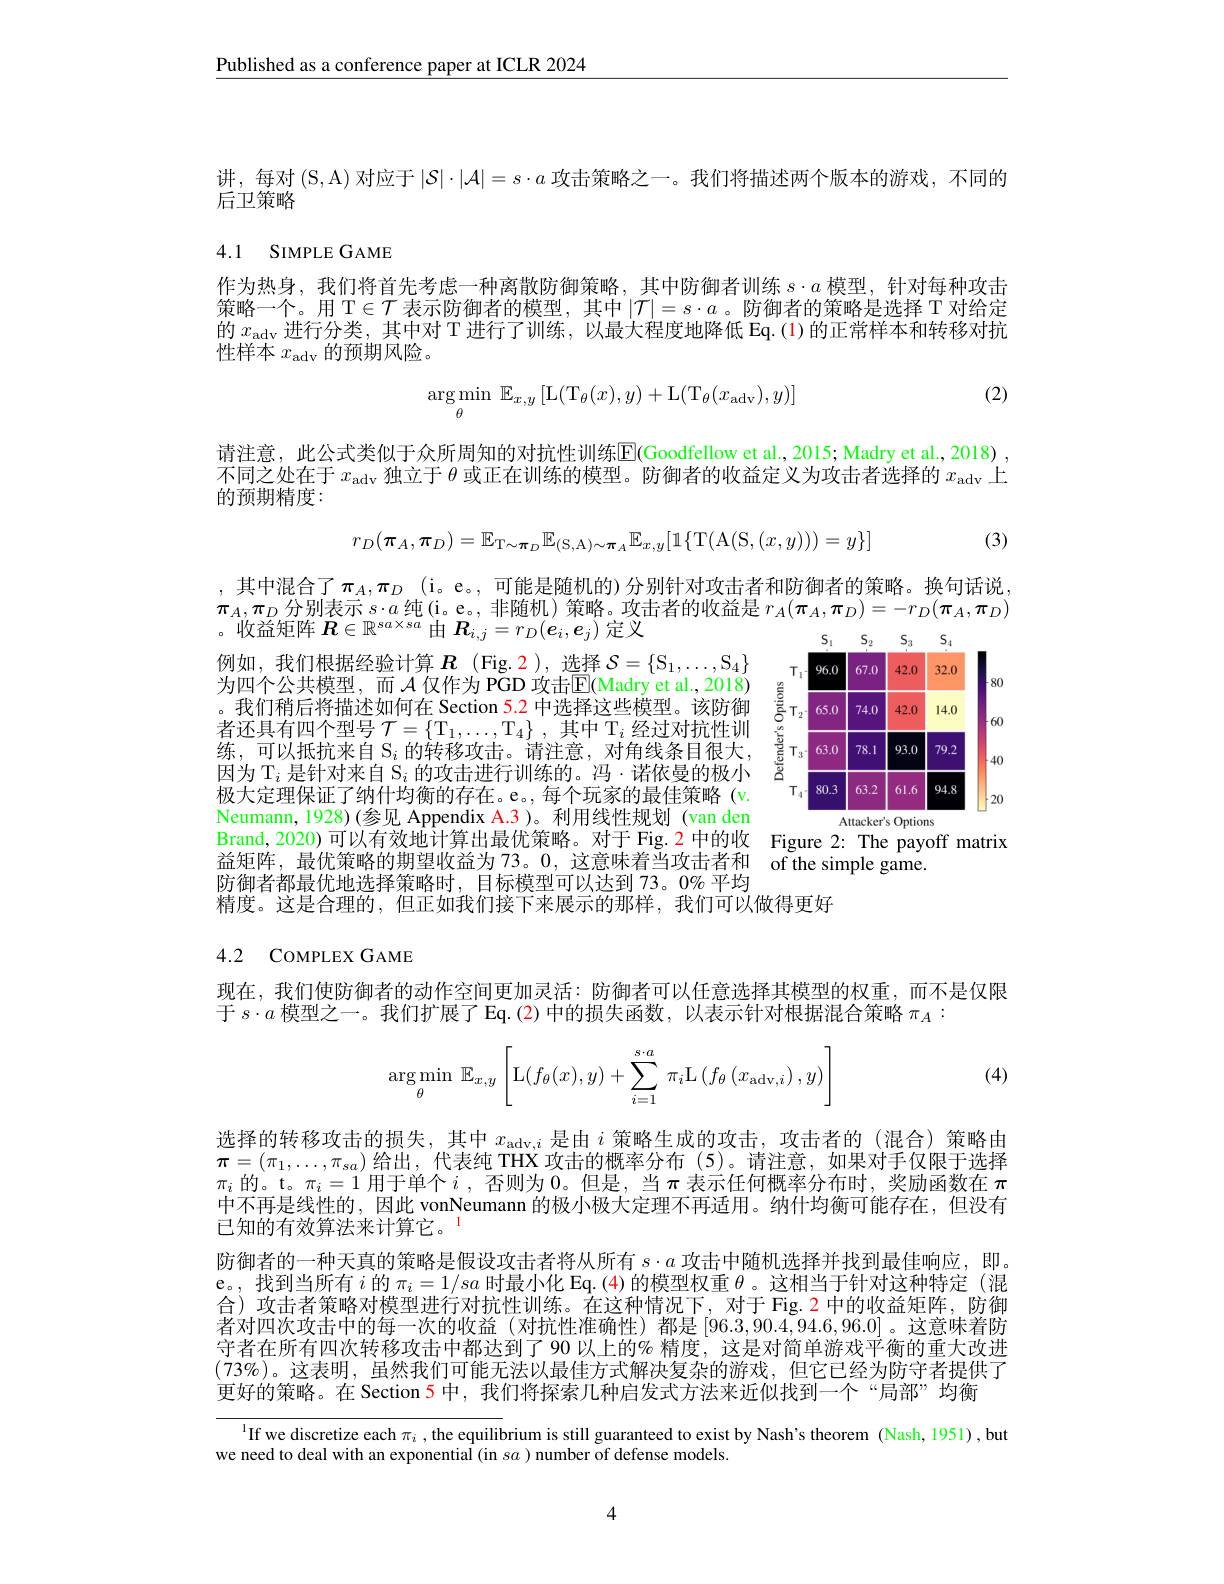
Published as a conference paper at ICLR 2024

讲，每对$(\mathcal{S},\mathcal{A})$对应于$|\mathcal{S}|\cdot|\mathcal{A}|=s\cdot a$攻击策略之一。我们将描述两个版本的游戏，不同的
后卫策略

# 4.1 SIMPLE GAME

作为热身，我们将首先考虑一种离散防御策略，其中防御者训练$s\cdot a$模型，针对每种攻击策略一个。用$\mathcal{T}\in\mathcal{T}$表示防御者的模型，其中$|\mathcal{T}|=s\cdot a$ 。防御者的策略是选择 T 对给定的$x_\mathrm{adv}$进行分类，其中对 T 进行了训练，以最大程度地降低 Eq.(1)的正常样本和转移对抗性样本$x_\mathrm{adv}$的预期风险。

(2)
$$\arg\min_{\theta}\:\mathbb{E}_{x,y}\left[\mathrm{L}(\mathrm{T}_{\theta}(x),y)+\mathrm{L}(\mathrm{T}_{\theta}(x_{\mathrm{adv}}),y)\right]$$
请注意，此公式类似于众所周知的对抗性训练$\boxed{\mathrm{E}}($Goodfellow et al.,2015; Madry et al.,2018) , 不同之处在于$x_\mathrm{adv}$独立于$\theta$或正在训练的模型。防御者的收益定义为攻击者选择的$x_\mathrm{adv}$上的预期精度：
$$r_{D}(\boldsymbol{\pi}_{A},\boldsymbol{\pi}_{D})=\mathbb{E}_{\mathrm{T}\sim\boldsymbol{\pi}_{D}}\mathbb{E}_{(\mathrm{S},\mathrm{A})\sim\boldsymbol{\pi}_{A}}\mathbb{E}_{x,y}[\mathbb{1}\{\mathrm{T}(\mathrm{A}(\mathrm{S},(x,y)))=y\}]$$
(3)

, 其中混合了$\pi_A,\pi_D$ (i。e。,可能是随机的)分别针对攻击者和防御者的策略。换句话说， $\boldsymbol{\pi}_A,\boldsymbol{\pi}_D$分别表示$s\cdot a$纯(i。e。, 非随机)策略。攻击者的收益是$r_A(\boldsymbol{\pi}_A,\boldsymbol{\pi}_D)=-r_D(\boldsymbol{\pi}_A,\boldsymbol{\pi}_D)$
收益矩阵$\boldsymbol{R}\in\mathbb{R}^{sa\times sa}$由$\boldsymbol{R}_{i,j}=r_D(\boldsymbol{e}_i,\boldsymbol{e}_j)$定义

<FigureHere>
Attacker's Options

例如，我们根据经验计算$\boldsymbol R$(Fig.2),选择$\mathcal{S} = \{ \mathrm{S} _1, \ldots , \mathrm{S} _4\}$ 为四个公共模型，而$\mathcal{A}$仅作为 PGD 攻击$\mathbb{E}($Madry et al.,2018) 。我们稍后将描述如何在 Section 5.2 中选择这些模型。该防御者还具有四个型号$\mathcal{T} = \{ \mathrm{T} _1, \ldots , \mathrm{T} _4\} $,其中 T$_i$经过对抗性训练。叫以抵抗来自 S:的转移攻击。请许意，对角线条目很大因为 T$_i$是针对来自 S$_i$的攻击进行训练的。冯·诺依曼的极小极大定理保证了纳什均衡的存在。e。,每个玩家的最佳策略(v. Neumann, 1928)(参见 Appendix A.3)。利用线性规划 (van den Brand, 2020) 可以有效地计算出最优策略。对于 Fig.2 中的收 Figure 2: The payoff matrix
益矩阵，最优策略的期望收益为 73。0,这意味着当攻击者和 of the simple game
防御者都最优地选择策略时，目标模型可以达到 73。0%平均
精度。这是合理的，但正如我们接下来展示的那样，我们可以做得更好

# 4.2 COMPLEX GAME

现在，我们使防御者的动作空间更加灵活：防御者可以任意选择其模型的权重，而不是仅限
于$s\cdot a$模型之一。我们扩展了 Eq.(2)中的损失函数，以表示针对根据混合策略$\pi_A:$

(4)
$$\underset{\theta}{\arg\min}\:\mathbb{E}_{x,y}\left[\mathrm L(f_\theta(x),y)+\sum\limits_{i=1}^{s\cdot a}\:\pi_i\mathrm L\left(f_\theta\left(x_{\text{adv},i}\right),y\right)\right]$$
选择的转移攻击的损失，其中$x_{\mathrm{adv},i}$是由$i$策略生成的攻击，攻击者的(混合)策略由$\boldsymbol{\pi}=(\pi_1,\ldots,\pi_{sa})$给出，代表纯 THX 攻击的概率分布 (5)。请注意，如果对手仅限于选择中不再是线性的，因此 vonNeumann 的极小极大定理不再适用。纳什均衡可能存在，但没有已知的有效算法来计算它。
防御者的一种天真的策略是假设攻击者将从所有$s\cdot a$攻击中随机选择并找到最佳响应，即。e。, 找到当所有$i$的$\pi_i=1/sa$时最小化 Eq.(4) 的模型权重$\theta$。这相当于针对这种特定 (混合)攻击者策略对模型进行对抗性训练。在这种情况下，对于 Fig.2 中的收益矩阵，防御者对四次攻击中的每一次的收益(对抗性准确性)都是[96.3,90.4,94.6,96.0]。这意味着防守者在所有四次转移攻击中都达到了90 以上的% 精度，这是对简单游戏平衡的重大改进$(73\%)$。这表明，虽然我们可能无法以最佳方式解决复杂的游戏，但它已经为防守者提供了更好的策略。在 Section 5 中，我们将探索几种启发式方法来近似找到一个“局部”均衡

l If we discretize each $\pi_i$, the equilibrium is still guaranteed to exist by Nash's theorem (Nash, 1951), but
we need to deal with an exponential (in sa ) number of defense models.

4